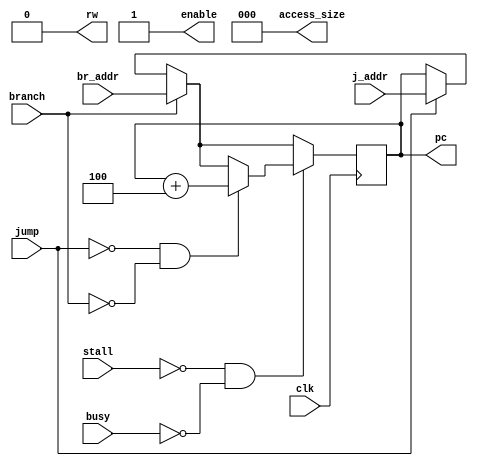
module fetch (clk, stall, busy, pc, rw, access_size, enable, j_addr, jump, br_addr, branch);

parameter START_ADDR = 32'h8002_0000;

// input
	input         clk;
	input	      stall;
	input	      busy;
	input [31:0]  j_addr;
	input 		  jump;
	input [31:0]  br_addr;
	input 		  branch;

// output
	output [31:0] pc;
	output [2:0]  access_size;
	output 	      rw; //1 is write, 0 is read
	output	      enable;

// local
	reg  [31:0]   pc_reg	= 32'h8001_FFFC; // current address
	reg  [2:0]    access_size_reg  = 3'b000;
	reg  	      rw_reg = 1'b0;
	reg  	      enable_reg = 1'b1;

// comb
	assign pc = pc_reg;
	assign access_size = access_size_reg;
	assign rw = rw_reg;
	assign enable = enable_reg;

// proc
	always @(posedge clk)
	begin
		if(stall != 1 & busy != 1)
		begin
			if(jump != 1 & branch != 1)
			begin
				pc_reg = pc_reg + 32'h0000_0004;
			end
			else if (branch == 1)
			begin
				pc_reg = br_addr;
			end
			else if(jump == 1)
			begin
				pc_reg = j_addr;
			end
		end
		else if (branch == 1)
		begin
			pc_reg = br_addr;
		end
		else if(jump == 1)
		begin
			pc_reg = j_addr;
		end
	end

endmodule